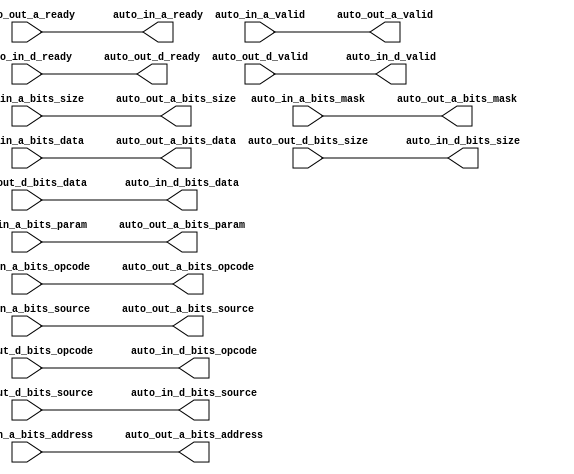
module TLXbar_9( // @[:freechips.rocketchip.system.TinyConfig.fir@102674.2]
  output        auto_in_a_ready, // @[:freechips.rocketchip.system.TinyConfig.fir@102677.4]
  input         auto_in_a_valid, // @[:freechips.rocketchip.system.TinyConfig.fir@102677.4]
  input  [2:0]  auto_in_a_bits_opcode, // @[:freechips.rocketchip.system.TinyConfig.fir@102677.4]
  input  [2:0]  auto_in_a_bits_param, // @[:freechips.rocketchip.system.TinyConfig.fir@102677.4]
  input  [2:0]  auto_in_a_bits_size, // @[:freechips.rocketchip.system.TinyConfig.fir@102677.4]
  input  [4:0]  auto_in_a_bits_source, // @[:freechips.rocketchip.system.TinyConfig.fir@102677.4]
  input  [31:0] auto_in_a_bits_address, // @[:freechips.rocketchip.system.TinyConfig.fir@102677.4]
  input  [3:0]  auto_in_a_bits_mask, // @[:freechips.rocketchip.system.TinyConfig.fir@102677.4]
  input  [31:0] auto_in_a_bits_data, // @[:freechips.rocketchip.system.TinyConfig.fir@102677.4]
  input         auto_in_d_ready, // @[:freechips.rocketchip.system.TinyConfig.fir@102677.4]
  output        auto_in_d_valid, // @[:freechips.rocketchip.system.TinyConfig.fir@102677.4]
  output [2:0]  auto_in_d_bits_opcode, // @[:freechips.rocketchip.system.TinyConfig.fir@102677.4]
  output [2:0]  auto_in_d_bits_size, // @[:freechips.rocketchip.system.TinyConfig.fir@102677.4]
  output [4:0]  auto_in_d_bits_source, // @[:freechips.rocketchip.system.TinyConfig.fir@102677.4]
  output [31:0] auto_in_d_bits_data, // @[:freechips.rocketchip.system.TinyConfig.fir@102677.4]
  input         auto_out_a_ready, // @[:freechips.rocketchip.system.TinyConfig.fir@102677.4]
  output        auto_out_a_valid, // @[:freechips.rocketchip.system.TinyConfig.fir@102677.4]
  output [2:0]  auto_out_a_bits_opcode, // @[:freechips.rocketchip.system.TinyConfig.fir@102677.4]
  output [2:0]  auto_out_a_bits_param, // @[:freechips.rocketchip.system.TinyConfig.fir@102677.4]
  output [2:0]  auto_out_a_bits_size, // @[:freechips.rocketchip.system.TinyConfig.fir@102677.4]
  output [4:0]  auto_out_a_bits_source, // @[:freechips.rocketchip.system.TinyConfig.fir@102677.4]
  output [31:0] auto_out_a_bits_address, // @[:freechips.rocketchip.system.TinyConfig.fir@102677.4]
  output [3:0]  auto_out_a_bits_mask, // @[:freechips.rocketchip.system.TinyConfig.fir@102677.4]
  output [31:0] auto_out_a_bits_data, // @[:freechips.rocketchip.system.TinyConfig.fir@102677.4]
  output        auto_out_d_ready, // @[:freechips.rocketchip.system.TinyConfig.fir@102677.4]
  input         auto_out_d_valid, // @[:freechips.rocketchip.system.TinyConfig.fir@102677.4]
  input  [2:0]  auto_out_d_bits_opcode, // @[:freechips.rocketchip.system.TinyConfig.fir@102677.4]
  input  [2:0]  auto_out_d_bits_size, // @[:freechips.rocketchip.system.TinyConfig.fir@102677.4]
  input  [4:0]  auto_out_d_bits_source, // @[:freechips.rocketchip.system.TinyConfig.fir@102677.4]
  input  [31:0] auto_out_d_bits_data // @[:freechips.rocketchip.system.TinyConfig.fir@102677.4]
);
  assign auto_in_a_ready = auto_out_a_ready; // @[LazyModule.scala 173:31:freechips.rocketchip.system.TinyConfig.fir@102687.4]
  assign auto_in_d_valid = auto_out_d_valid; // @[LazyModule.scala 173:31:freechips.rocketchip.system.TinyConfig.fir@102687.4]
  assign auto_in_d_bits_opcode = auto_out_d_bits_opcode; // @[LazyModule.scala 173:31:freechips.rocketchip.system.TinyConfig.fir@102687.4]
  assign auto_in_d_bits_size = auto_out_d_bits_size; // @[LazyModule.scala 173:31:freechips.rocketchip.system.TinyConfig.fir@102687.4]
  assign auto_in_d_bits_source = auto_out_d_bits_source; // @[LazyModule.scala 173:31:freechips.rocketchip.system.TinyConfig.fir@102687.4]
  assign auto_in_d_bits_data = auto_out_d_bits_data; // @[LazyModule.scala 173:31:freechips.rocketchip.system.TinyConfig.fir@102687.4]
  assign auto_out_a_valid = auto_in_a_valid; // @[LazyModule.scala 173:49:freechips.rocketchip.system.TinyConfig.fir@102686.4]
  assign auto_out_a_bits_opcode = auto_in_a_bits_opcode; // @[LazyModule.scala 173:49:freechips.rocketchip.system.TinyConfig.fir@102686.4]
  assign auto_out_a_bits_param = auto_in_a_bits_param; // @[LazyModule.scala 173:49:freechips.rocketchip.system.TinyConfig.fir@102686.4]
  assign auto_out_a_bits_size = auto_in_a_bits_size; // @[LazyModule.scala 173:49:freechips.rocketchip.system.TinyConfig.fir@102686.4]
  assign auto_out_a_bits_source = auto_in_a_bits_source; // @[LazyModule.scala 173:49:freechips.rocketchip.system.TinyConfig.fir@102686.4]
  assign auto_out_a_bits_address = auto_in_a_bits_address; // @[LazyModule.scala 173:49:freechips.rocketchip.system.TinyConfig.fir@102686.4]
  assign auto_out_a_bits_mask = auto_in_a_bits_mask; // @[LazyModule.scala 173:49:freechips.rocketchip.system.TinyConfig.fir@102686.4]
  assign auto_out_a_bits_data = auto_in_a_bits_data; // @[LazyModule.scala 173:49:freechips.rocketchip.system.TinyConfig.fir@102686.4]
  assign auto_out_d_ready = auto_in_d_ready; // @[LazyModule.scala 173:49:freechips.rocketchip.system.TinyConfig.fir@102686.4]
endmodule